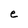
Character: e